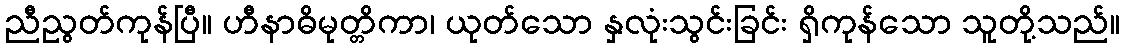
ညီညွတ်ကုန်ပြီ။ ဟီနာဓိမုတ္တိကာ၊ ယုတ်သော နှလုံးသွင်းခြင်း ရှိကုန်သော သူတို့သည်။